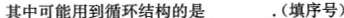
其中可能用到循环结构的是___.(填序号)